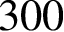
3 0 0